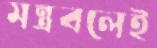
মন্ত্রবলেই